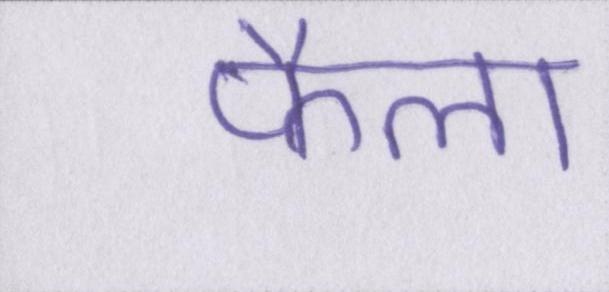
फैला